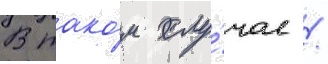
В тако́м слу́чае /